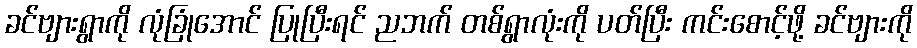
ခင်ဗျားရွာကို လုံခြုံအောင် ပြုပြီးရင် ညဘက် တစ်ရွာလုံးကို ပတ်ပြီး ကင်းစောင့်ဖို့ ခင်ဗျားကို